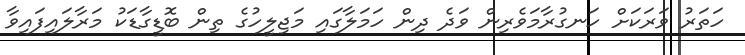
ހަތަރު ވަރަކަށް ހަނގުރާމަވެރިން ވަދެ ދިން ހަމަލާގައި މަޖިލީހުގެ ތިން ބޮޑީގާޑަކު މަރާލައިފައިވާ